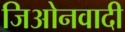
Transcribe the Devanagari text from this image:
जिओनवादी